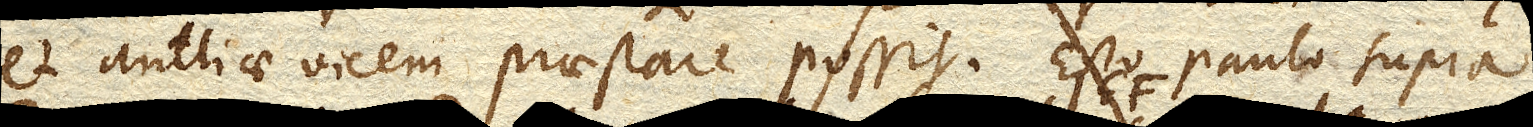
et antliae vicem praestare possit. Esto paulo supra